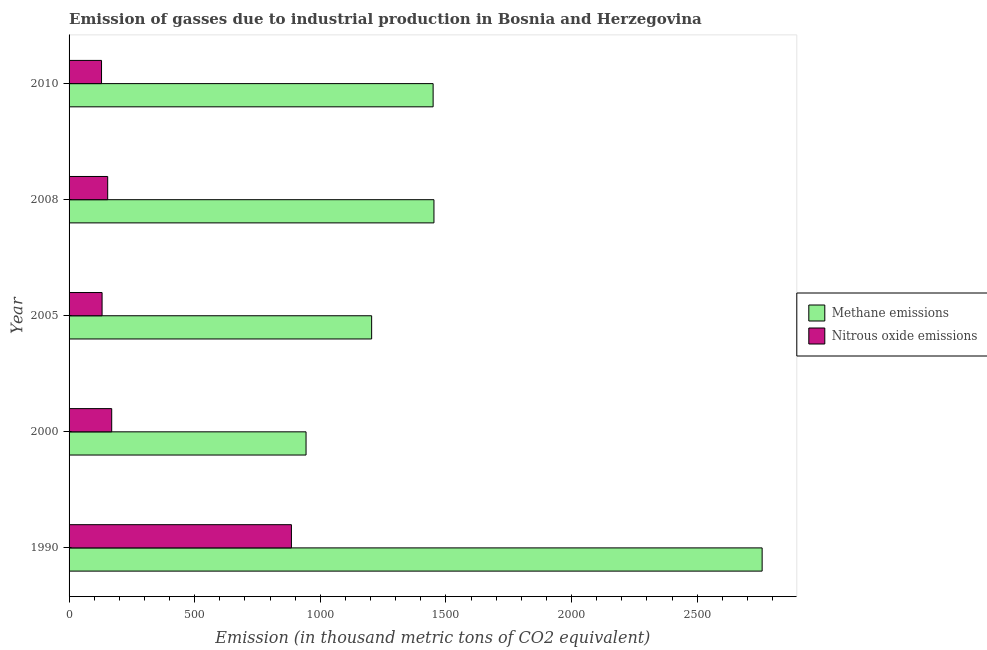
| Year | Methane emissions | Nitrous oxide emissions |
 | --- | --- | --- |
 | 1990 | 2.76e+03 | 885 |
 | 2000 | 943 | 170 |
 | 2005 | 1.2e+03 | 131 |
 | 2008 | 1.45e+03 | 154 |
 | 2010 | 1.45e+03 | 129 |